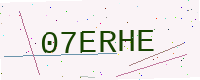
Text: 07ERHE